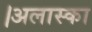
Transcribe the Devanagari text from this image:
।अलास्का